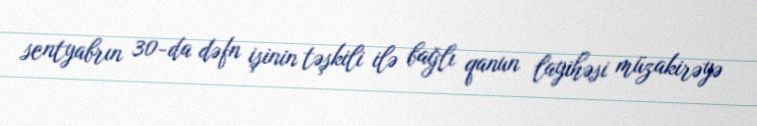
sentyabrın 30-da dəfn işinin təşkili ilə bağlı qanun layihəsi müzakirəyə